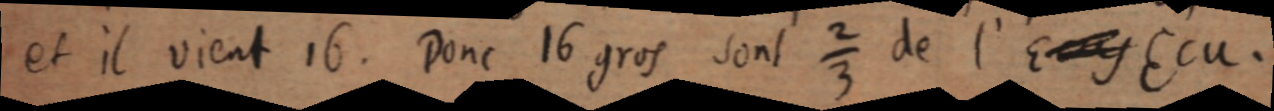
et il vient 16. Donc 16 gros sont ⅔ de l’E[y] Ecu.